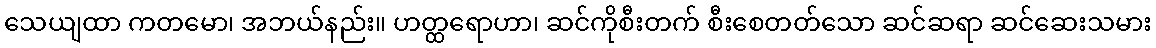
သေယျထာ ကတမော၊ အဘယ်နည်း။ ဟတ္ထရောဟာ၊ ဆင်ကိုစီးတက် စီးစေတတ်သော ဆင်ဆရာ ဆင်ဆေးသမား